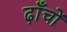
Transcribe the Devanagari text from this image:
ढ़ाँचों